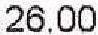
26.00